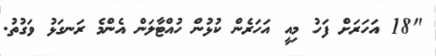
"18 އަހަރަށް ފަހު މިއީ އަހަރެން ކުޅުން ހުއްޓާލަން އެންމެ ރަނގަޅު ވަގުތު.